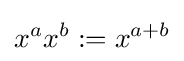
x^{a}x^{b}:=x^{a+b}